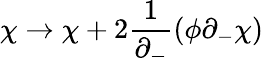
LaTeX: \chi\rightarrow\chi+2\frac{1}{\partial_{-}}(\phi\partial_{-}\chi)